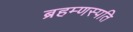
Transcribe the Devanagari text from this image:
ब्रहम्णस्पति